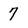
Character: 7